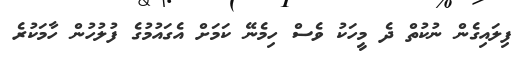
ފިލައިގެން ނުކުތް ދެ މީހަކު ވެސް ހިމެނޭ ކަމަށް އެގައުމުގެ ފުލުހުން ހާމަކުރެ